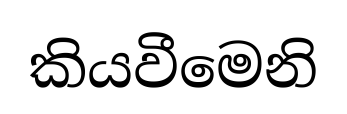
කියවීමෙනි